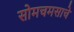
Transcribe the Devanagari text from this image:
सोमचमसाचे